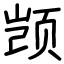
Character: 𫖮